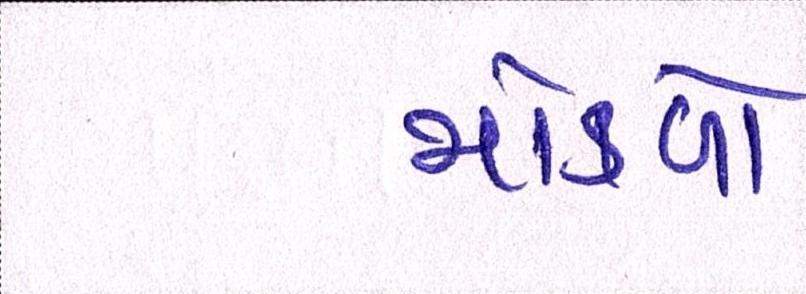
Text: મોકળો